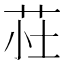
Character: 𫇾